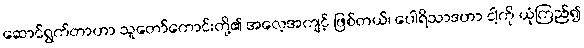
ဆောင်ရွက်တာဟာ သူတော်ကောင်းတို့၏ အလေ့အကျင့် ဖြစ်တယ်၊ ပေါရိသာဒဟာ ငါ့ကို ယုံကြည်၍